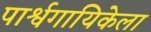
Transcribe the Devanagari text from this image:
पार्श्वगायिकेला